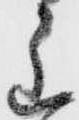
主